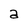
Character: a